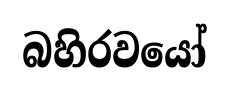
බහිරවයෝ